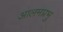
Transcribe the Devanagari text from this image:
आलमप्रभु